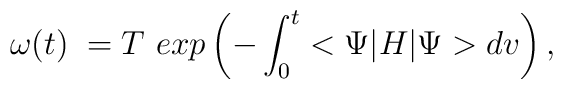
{ \omega}(t)\; = T \ exp\left( -\int_{0}^{t} < \Psi |H|\Psi>dv \right),